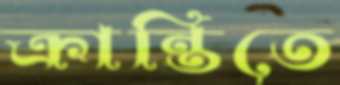
ক্রান্তিতে